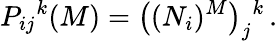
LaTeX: P_{ij}{}^{k}(M)=\left((N_{i})^{M}\right)_{j}{}^{k}\, .